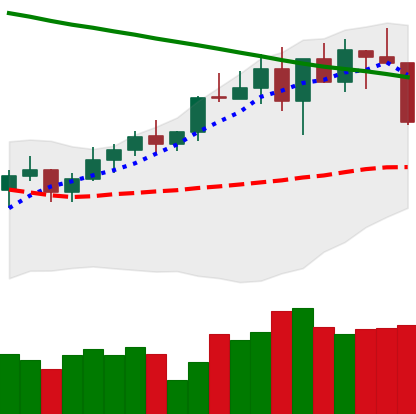
Ticker: BNB-USD
Chart end date: 2022-04-06
Forward return: -6.202%
Label: down_5_7